Treatise on elephants
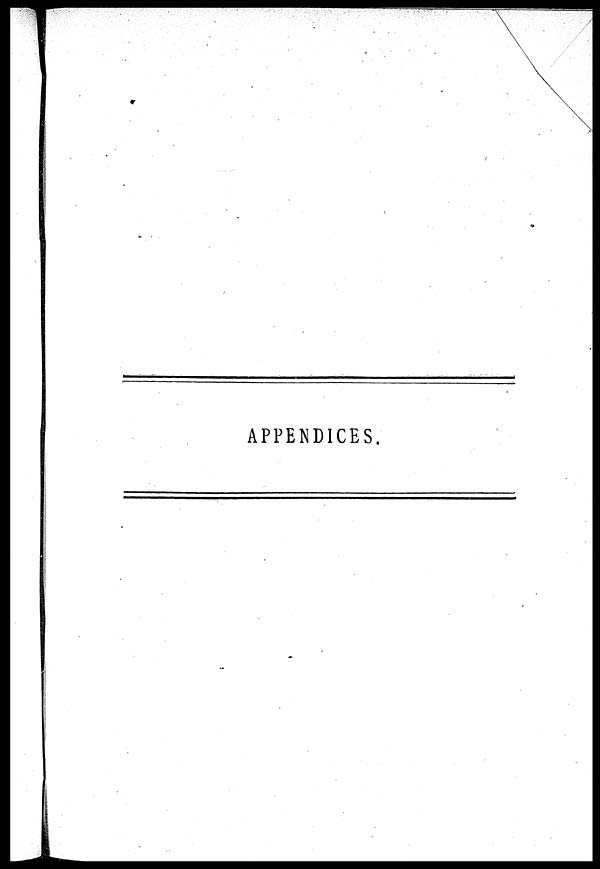
APPENDICES.